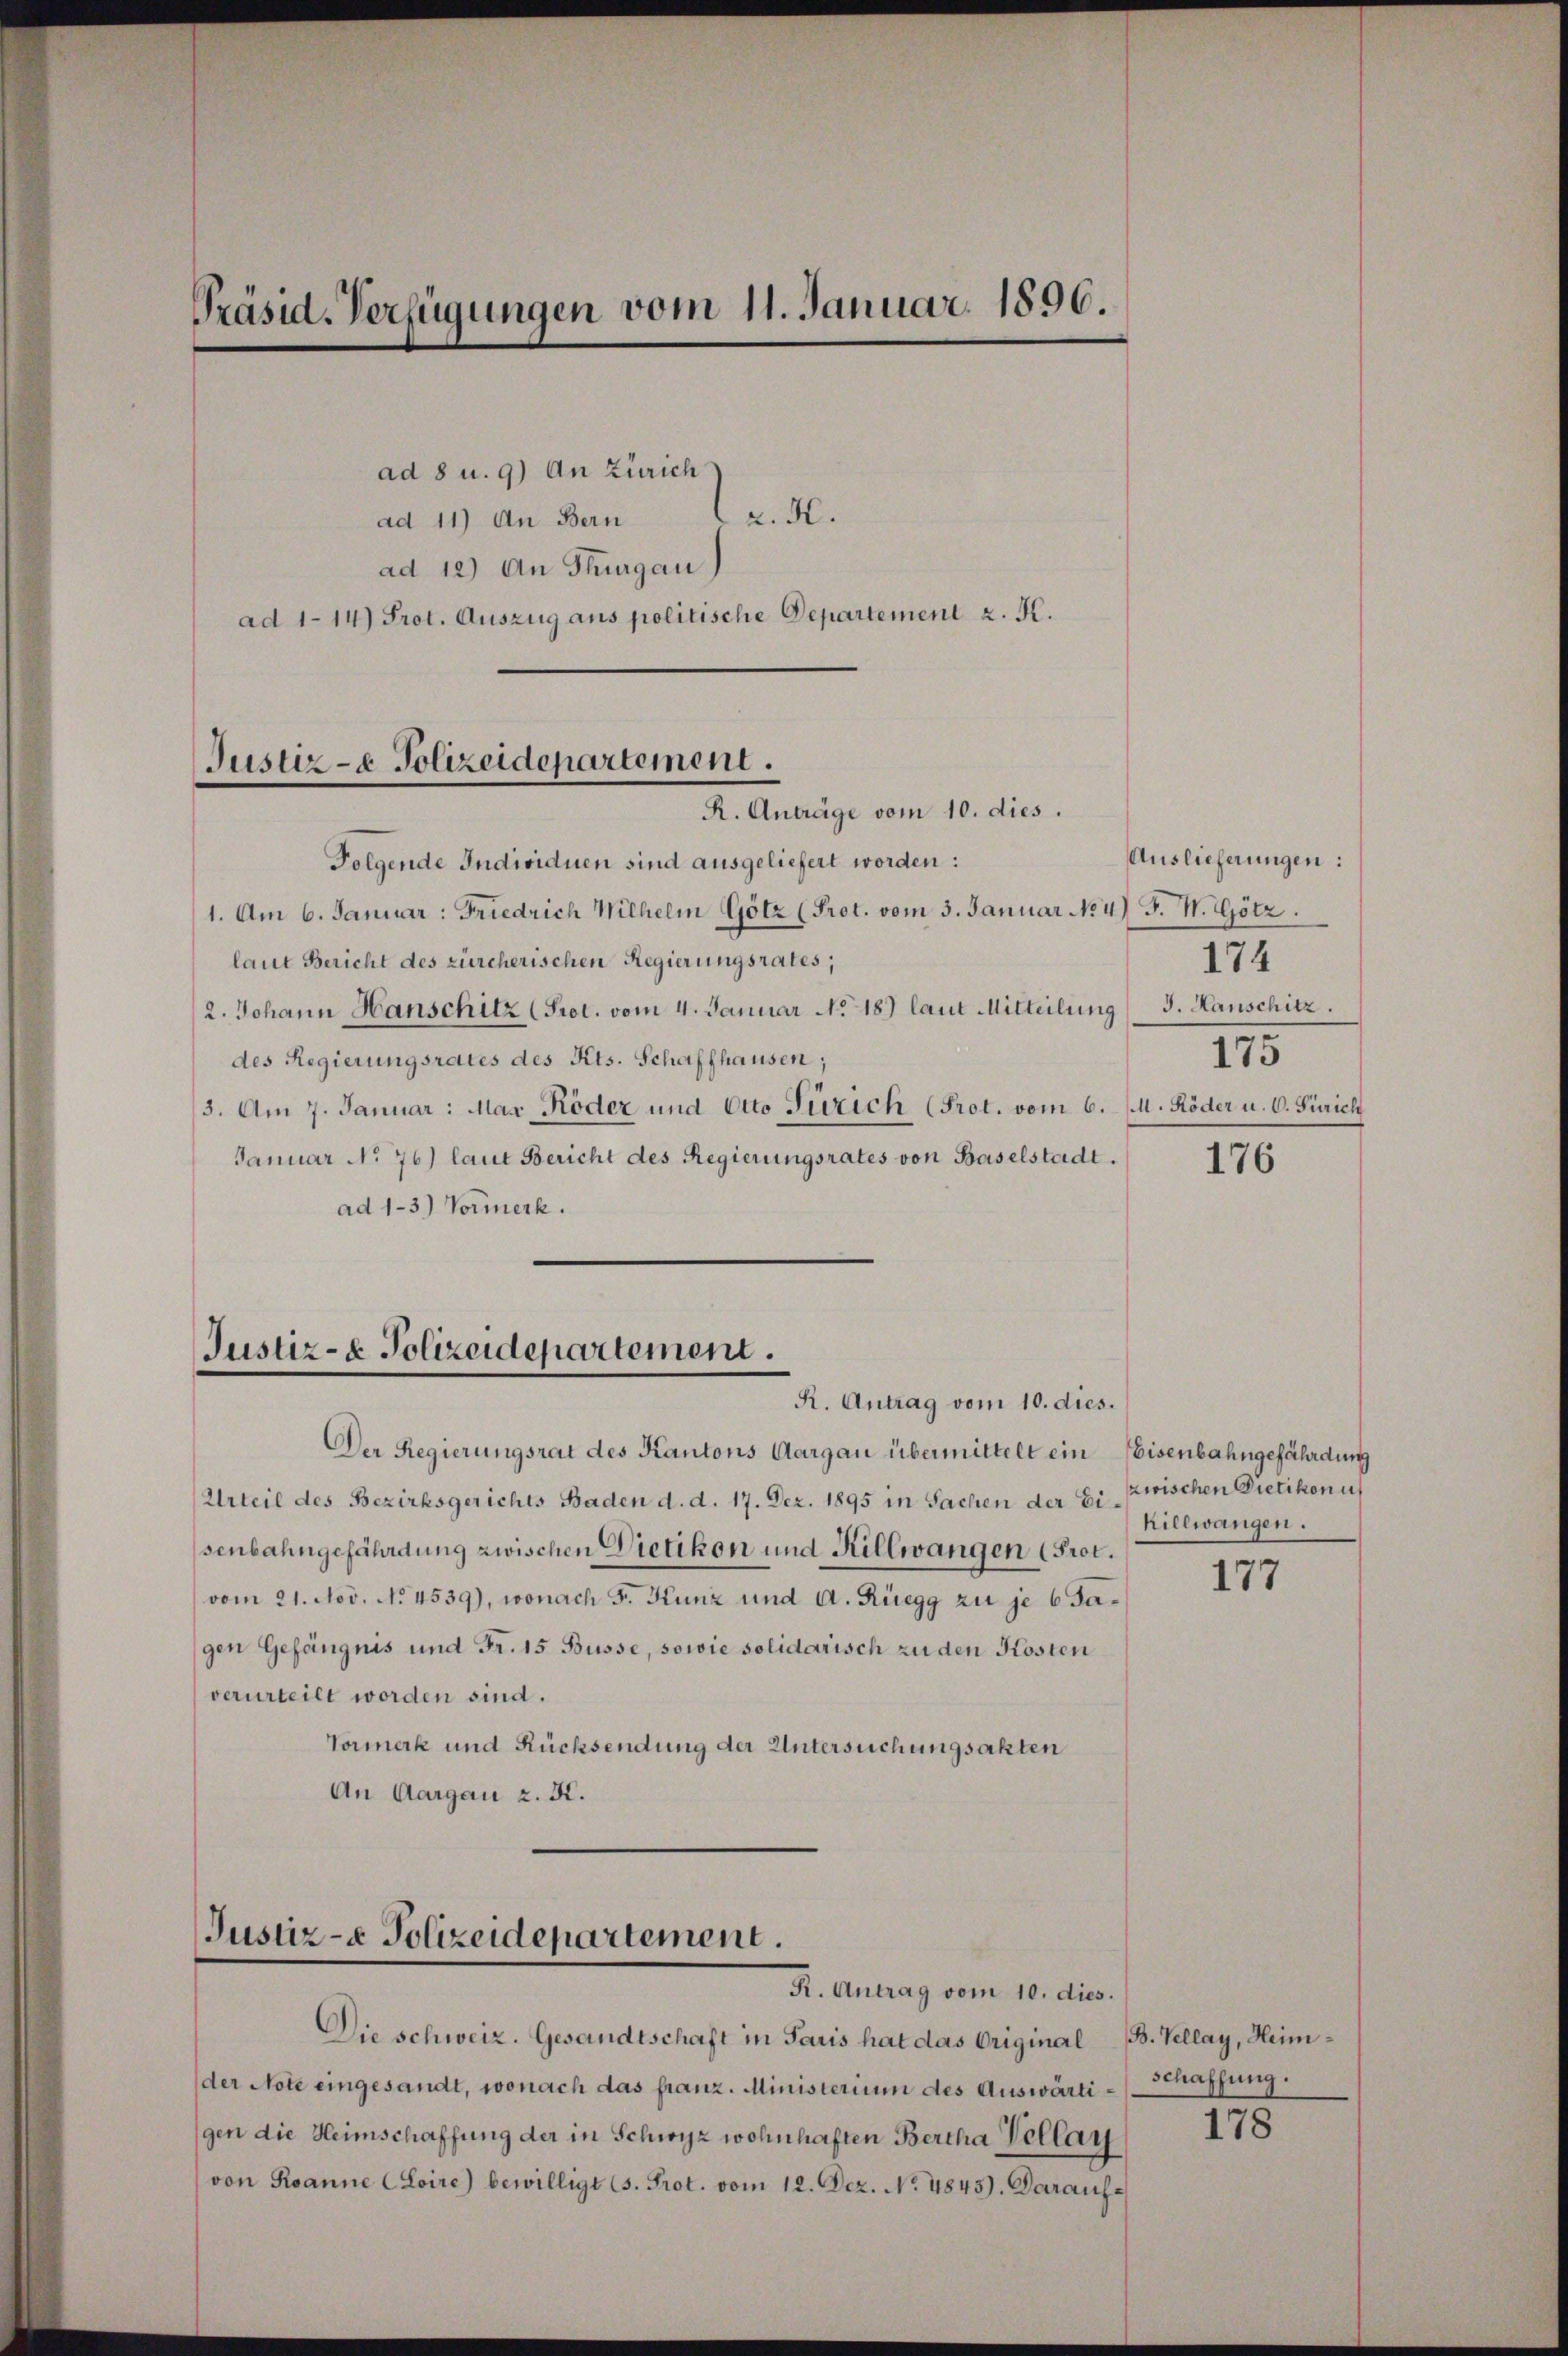
Präsid. Verfügungen vom 11. Januar 1896.

Justiz- & Polizeidepartement.
R. Anträge vom 10. dies.

ad 8 u. 9) An Zürich
z. R.
ad 11) An Bern
ad 12) An Thurgau)
ad 1-14) Prot. Auszug aus politische Departement z. K.

Folgende Individuen sind ausgeliefert worden:
1. Am 6. Januar: Friedrich Wilhelm Götz (Prot. vom 3. Januar No 4) J. W. Götz.
laut Bericht des zürcherischen Regierungsrates;
2. Johann Hanschitz (Prot. vom 4. Januar No. 189 laut Mitteilung 3. Hanschitz.
des Regierungsrates des Kts. Schaffhausen;
5. Am 7. Januar: Mar Röder und Otto Zürich (Prot. vom 6. (U. Röder u. 6. Zürich
Januar No 76) laut Bericht des Regierungsrates von Baselstadt.
ad 1-3) Vormerk.

Justiz- & Polizeidepartement.
R. Antrag vom 10. dies.

Der Regierungsrat des Kantons Aargau übermittelt ein Eisenbahngefährdung
Urteil des Bezirksgerichts Baden d. d. 17. Dez. 1895 in Sachen der Eisenbahngefährdung zwischen Dietikon und Killwangen (Prot.
vom 21. Nov. No. 4539), wonach F. Kunz und A. Rüegg zu je 6 Jagen Gefängnis und Fr. 15 Büsse, sowie solidarisch zu den Kosten
verurteilt worden sind.
Vormerk und Rücksendung der Untersuchungsakten
An Aargau z. K.

Justiz- & Polizeidepartement.
R. Antrag vom 10. dies.

der Note eingesandt, wonach das franz. Ministerium des Auswärti-Schaffung.
gen die Heimschaffung der in Schwyz wohnhaften Bertha Vellan
von Roanne (Loire) bewilligt (s. Prot. vom 12. Dez. No 4845). Darauf¬

Die Schweiz. Gesandtschaft in Paris hat das Original (B. Vellay, Heim¬

Auslieferungen:
174
175

176

zwischen Dietikon u
hillwangen.

177

178